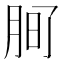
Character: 𭨲